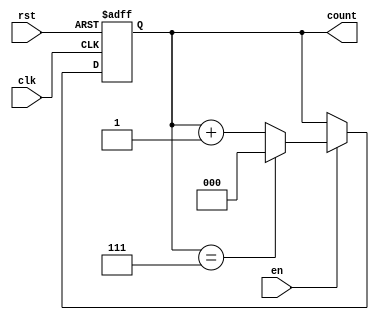
module windowed_counter #(
    parameter WINDOW_SIZE = 8 // Parameterized window size (max count value)
)(
    input wire clk,            // Clock signal
    input wire rst,            // Asynchronous reset signal
    input wire en,            // Enable signal
    output reg [$clog2(WINDOW_SIZE)-1:0] count // Count output
);

    // Always block for counter operation
    always @(posedge clk or posedge rst) begin
        if (rst) begin
            count <= 0; // Reset count to zero
        end else if (en) begin
            if (count == WINDOW_SIZE - 1) begin
                count <= 0; // Wrap around to zero
            end else begin
                count <= count + 1; // Increment count
            end
        end
    end

endmodule